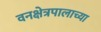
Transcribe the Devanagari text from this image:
वनक्षेत्रपालाच्या